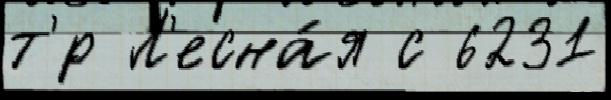
т'́р Л'есна́я с 6231